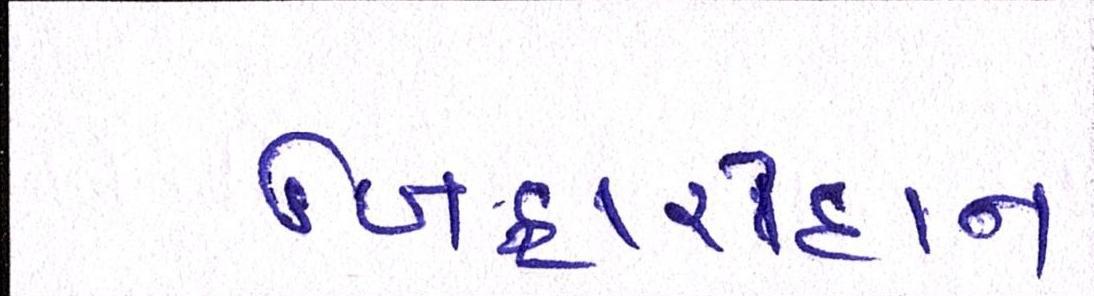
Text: બિહારીદાન